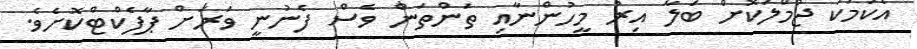
އެކަމަކު ޖުމްލަކޮށް ބަލާ އިރު މީހުންނާއި ތަންތަން ވެސް ފެނުނީ ވަރަށް ޕާފެކްޓްކޮށެވެ.